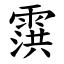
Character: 霟